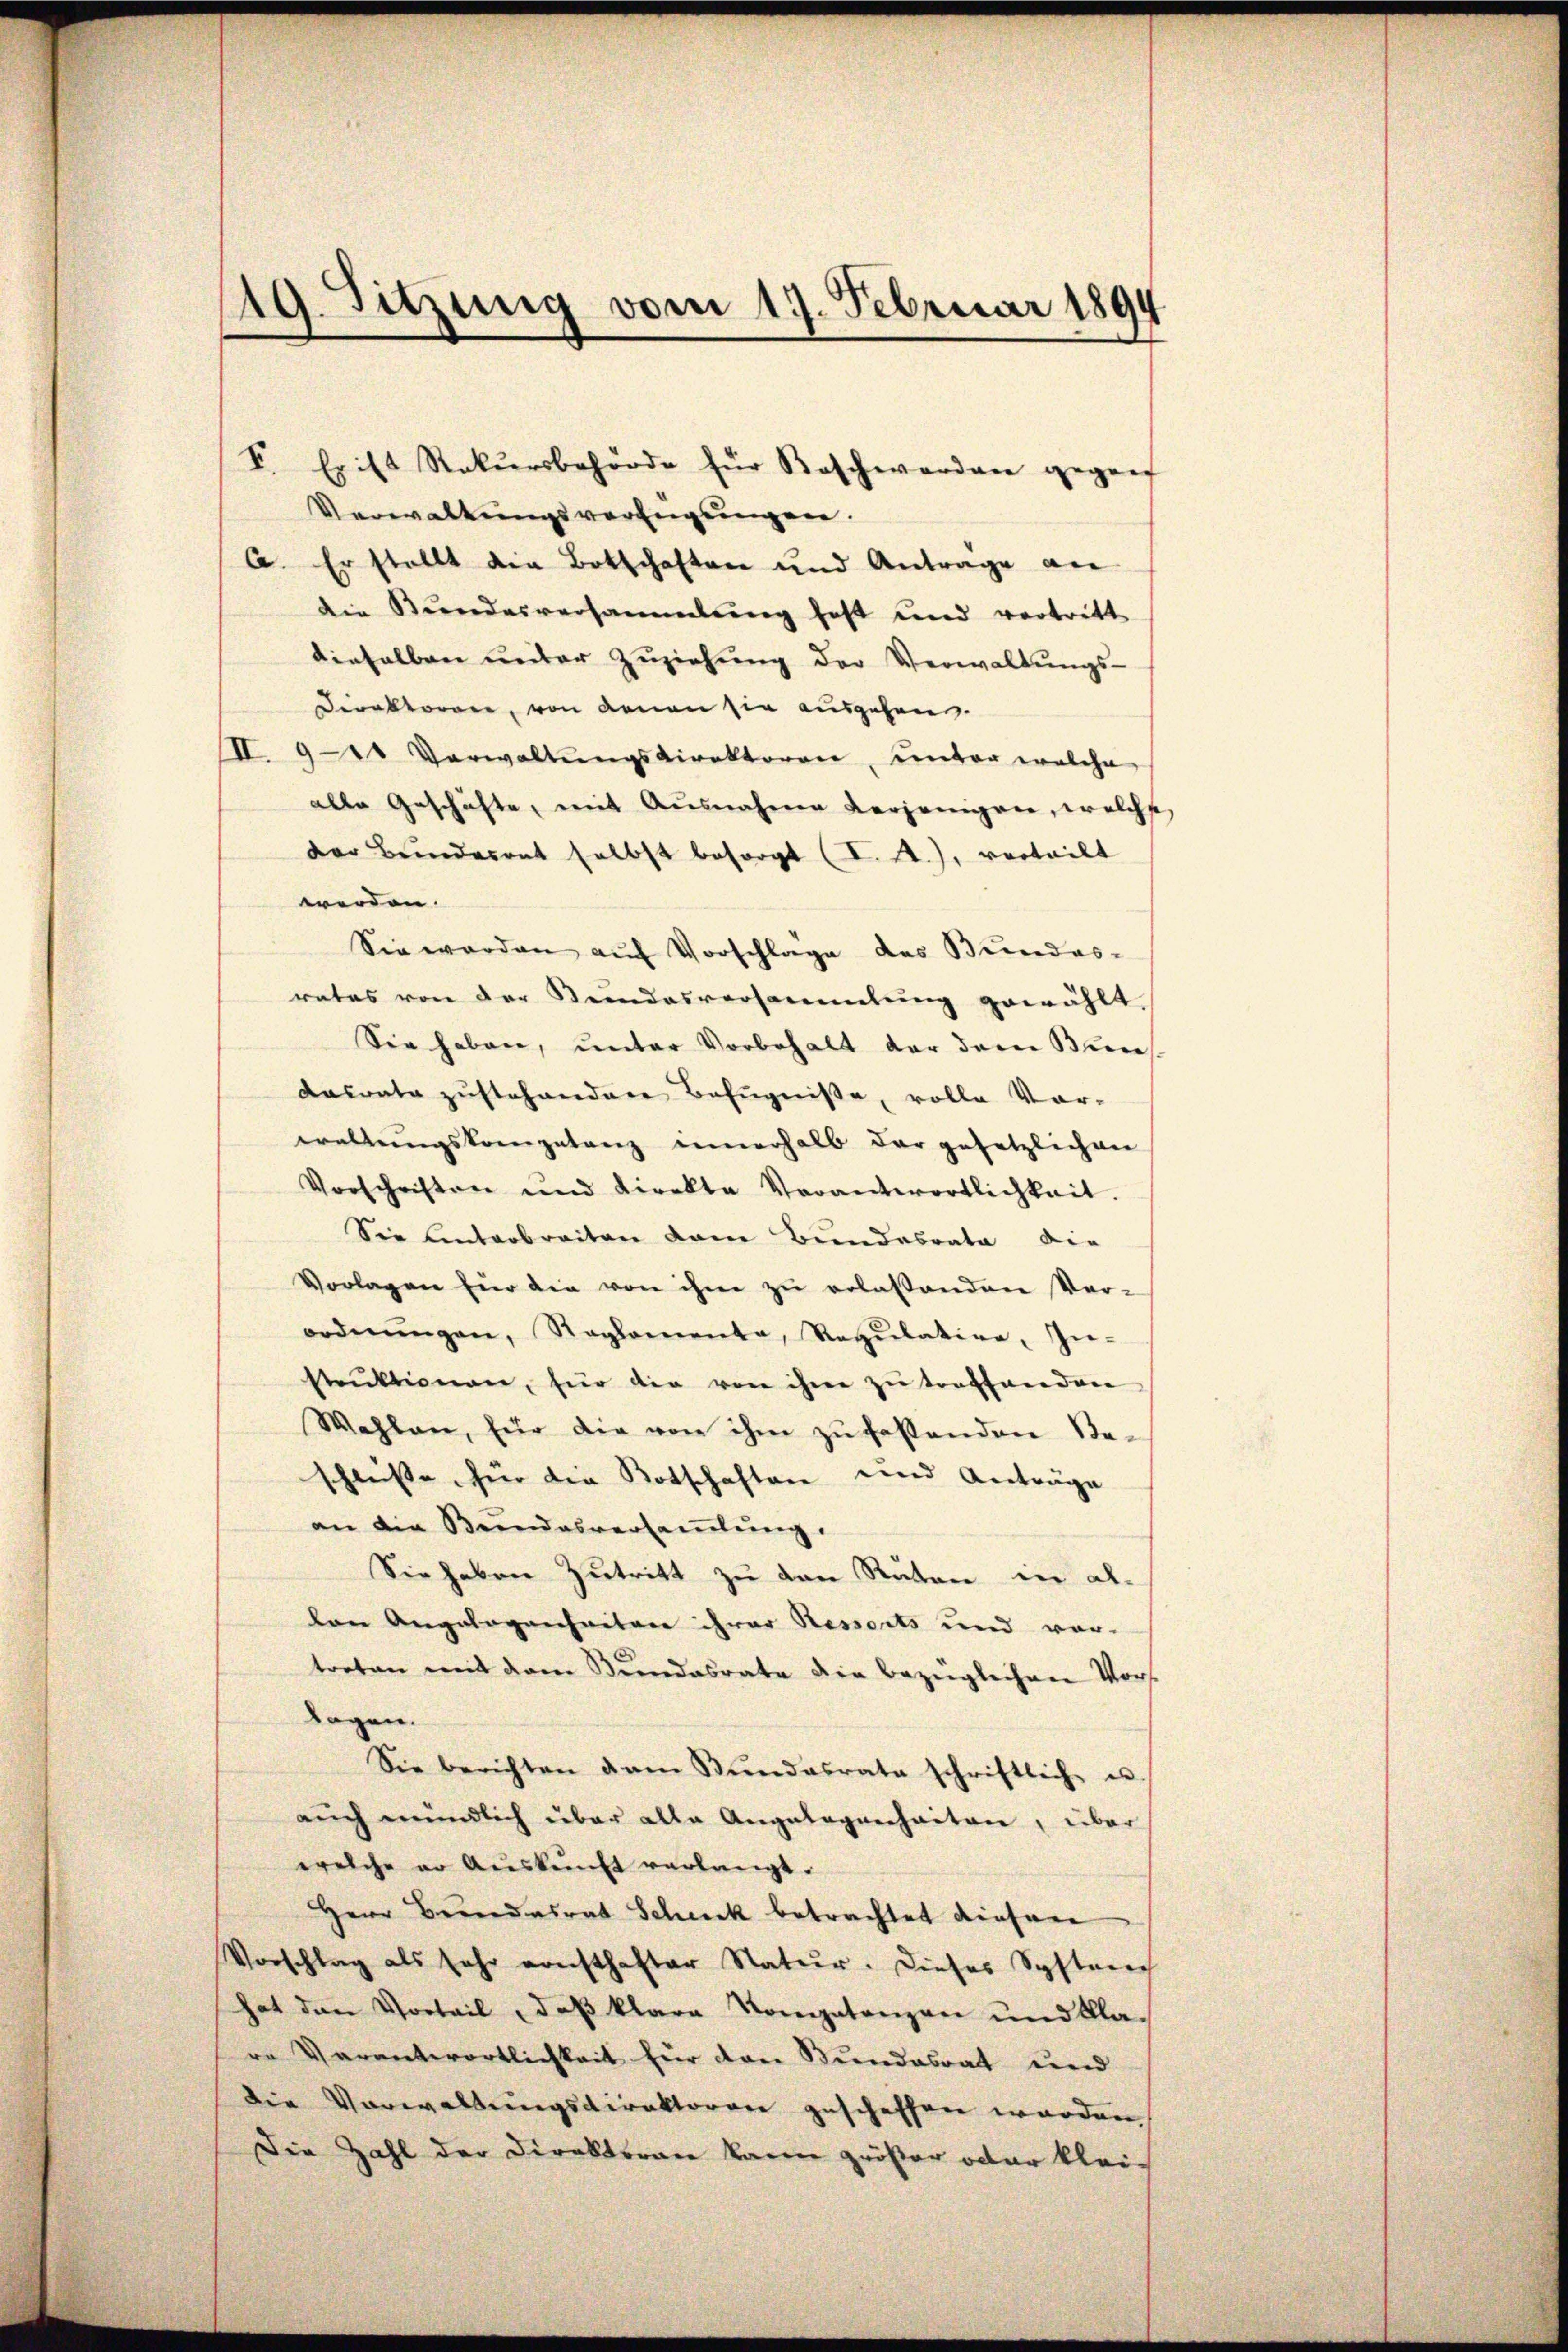
19. Sitzung vom 19. Februar 1894

V. Er ist Rekursbehörde für Beschwerden gegen
Verwaltungsverfügungen.
a. Er stellt die Botschaften und Antrage an
die Bundesversammlung fest und vertritte
dieselben unter Zŭziehŭng der Verwaltŭngs-
Direktorene, von denen sie ausgehen.
II. 921 Verwaltŭngsdirektoren, unter welche
alle Geschäfte, mit Ausnahme derjenigen, welche,
der Bundesrat selbst besorgt (I. A.), verteilt
werden.
Sie werden auf Vorschlage des Bundes-
rates von der Kundesversammlung gewählt
Sie haben, unter Vorbehalt der dem Biens
Dasvate zustehenden Befugniße, volle Vorwaltŭngskompetanz innerhalb der gesetzlichen
Vorschriften und direkte Verantwortlichkeit.
Sie hinterbreiten dann Bundesrata die
Vorlagen für die von ihm zŭ erlaßenden Ver-
ordnŭngen, Reglementa, Regŭlative, In-
struktionen, für die von ihre zu traffaenden
Wahlen, für die von ihm zŭ fastenden Sta-
schleise für die Botschaften und Anträge
an die Beendesversammlung.
Sie haben Zutritt zu den Ruten in allan Angelegenheitere ihrer Ressorts und ver-
treten mit dem Bundesrate die bezüglichen Vors
logen.
Sie berichten dem Stŭndesrate schriftliche u.
aŭch mündlich über alle Angelegenheiten, über
welche er Aŭskŭnft verlangt.
Herr Brandesrat Scheck betrachtet diesen
Vorschlag als sehr sonsthafter Natur. Dieses System
hat den Vorteil , daβ klara Kompetenzen und Klare Verantwortlichkeit für den Bundesrat und
die Vorwaltungsdirektorare gescheffen worden,
Die Zahl der Direktoran kann größer oder klei-